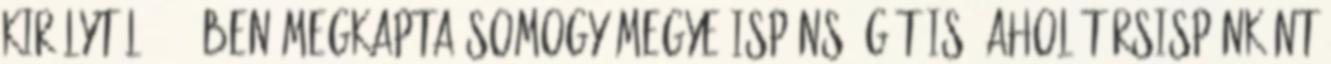
királytól 1444-ben megkapta Somogy megye ispánsá-gát is, ahol társispánként